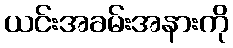
ယင်းအခမ်းအနားကို